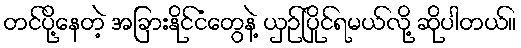
တင်ပို့နေတဲ့ အခြားနိုင်ငံတွေနဲ့ ယှဉ်ပြိုင်ရမယ်လို့ ဆိုပါတယ်။